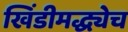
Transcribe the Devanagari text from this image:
खिंडीमद्ध्येच